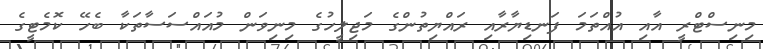
މިނިސްޓްރީ އާއި އުއްތަމަ ފަނޑިޔާރާއި ރައްޔިތުންގެ މަޖިލީހުގެ މިނިވަން މުއައްސަސާތަކާ ބެހޭ ކޮމެޓީގެ